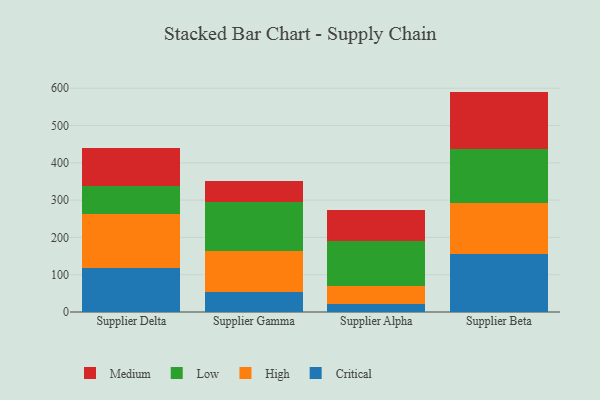
{"axis": {"x": "Supplier", "y": "Market Share (%)"}, "legend": ["Critical", "High", "Low", "Medium"], "data": [{"x": "Supplier Delta", "y": 117.1, "type": "Critical"}, {"x": "Supplier Delta", "y": 144.4, "type": "High"}, {"x": "Supplier Delta", "y": 75.3, "type": "Low"}, {"x": "Supplier Delta", "y": 102.7, "type": "Medium"}, {"x": "Supplier Gamma", "y": 54.7, "type": "Critical"}, {"x": "Supplier Gamma", "y": 109.7, "type": "High"}, {"x": "Supplier Gamma", "y": 131.8, "type": "Low"}, {"x": "Supplier Gamma", "y": 54.8, "type": "Medium"}, {"x": "Supplier Alpha", "y": 21.9, "type": "Critical"}, {"x": "Supplier Alpha", "y": 47.0, "type": "High"}, {"x": "Supplier Alpha", "y": 120.5, "type": "Low"}, {"x": "Supplier Alpha", "y": 84.4, "type": "Medium"}, {"x": "Supplier Beta", "y": 154.4, "type": "Critical"}, {"x": "Supplier Beta", "y": 137.6, "type": "High"}, {"x": "Supplier Beta", "y": 145.2, "type": "Low"}, {"x": "Supplier Beta", "y": 153.7, "type": "Medium"}]}